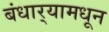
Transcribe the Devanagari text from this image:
बंधार्‍यामधून